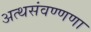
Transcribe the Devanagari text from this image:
अत्थसंवण्णणा